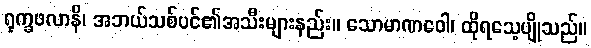
ရုက္ခဖလာနိ၊ အဘယ်သစ်ပင်၏အသီးများနည်း။ သောမာဏဝေါ၊ ထိုရသေ့ပျိုသည်။